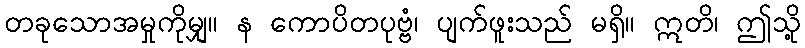
တခုသောအမှုကိုမျှ။ န ကောပိတပုဗ္ဗံ၊ ပျက်ဖူးသည် မရှိ။ ဣတိ၊ ဤသို့